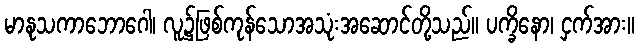
မာနုသကာဘောဂေါ၊ လူ၌ဖြစ်ကုန်သောအသုံးအဆောင်တို့သည်။ ပက္ခိနော၊ ငှက်အား။